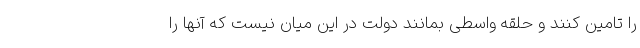
را تامین کنند و حلقه واسطی بمانند دولت در این میان نیست که آنها را